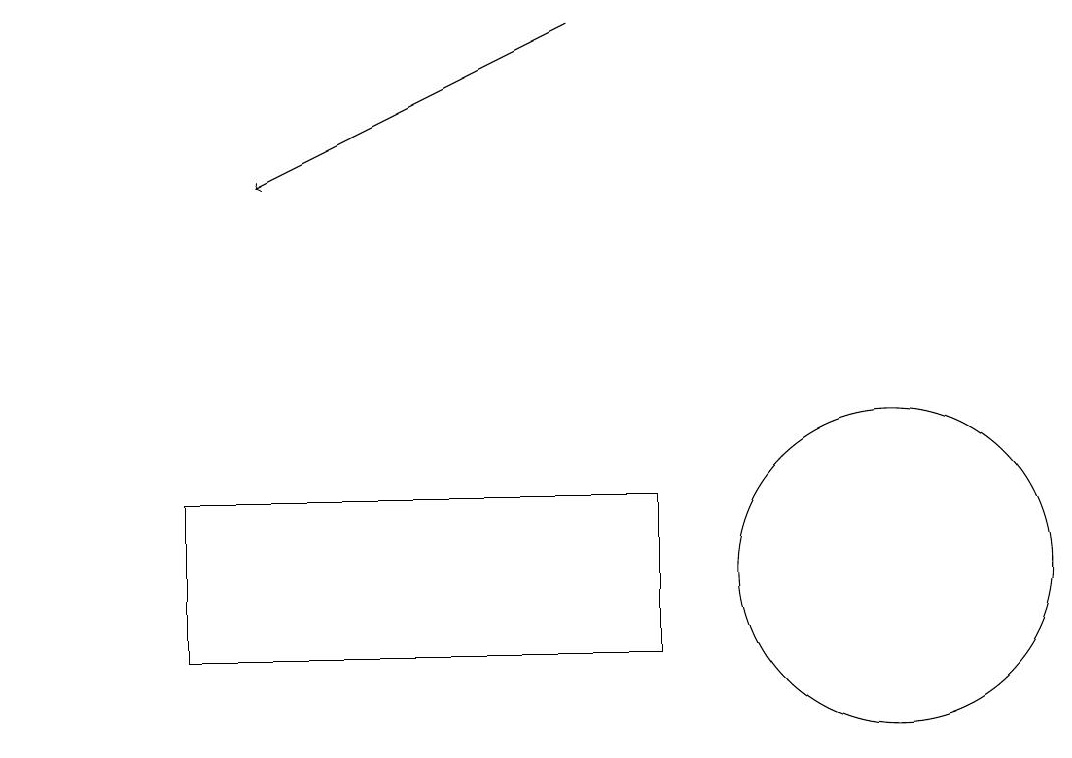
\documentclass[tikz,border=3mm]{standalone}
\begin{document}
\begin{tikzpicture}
\draw (9,11) rectangle (3,13);
\draw[->] (8,19) -- (4,17);
\draw (12,12) circle (2);
\draw (1,14) rectangle (1,14);
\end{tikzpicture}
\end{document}